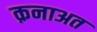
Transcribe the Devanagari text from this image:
क़नाअत